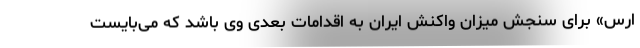
ارس» برای سنجش میزان واکنش ایران به اقدامات بعدی وی باشد که می­بایست